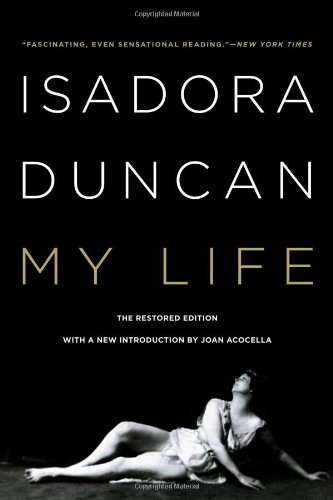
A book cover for My Life (Revised and Updated); Isadora Duncan; Biographies & Memoirs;